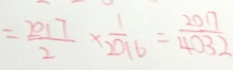
= \frac { 2 0 1 7 } { 2 } \times \frac { 1 } { 2 0 1 6 } = \frac { 2 0 1 7 } { 4 0 3 2 }